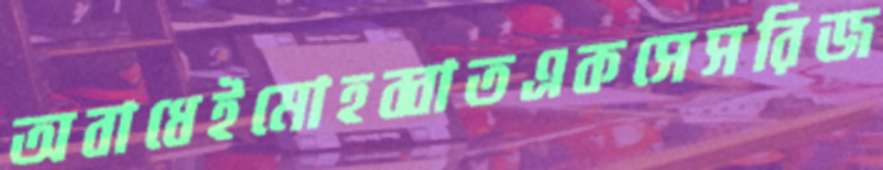
অবাধেইমোহব্বাতএকসেসরিজ